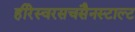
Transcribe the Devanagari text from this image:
हीरेस्वरसचसैनस्टाल्ट